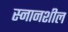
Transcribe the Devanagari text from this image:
स्नानशील